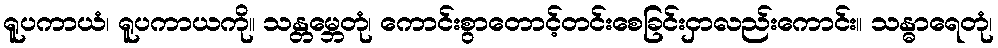
ရူပကာယံ၊ ရူပကာယကို။ သန္တမ္ဘေတုံ၊ ကောင်းစွာတောင့်တင်းစေခြင်းငှာလည်းကောင်း။ သန္ဓာရေတုံ၊